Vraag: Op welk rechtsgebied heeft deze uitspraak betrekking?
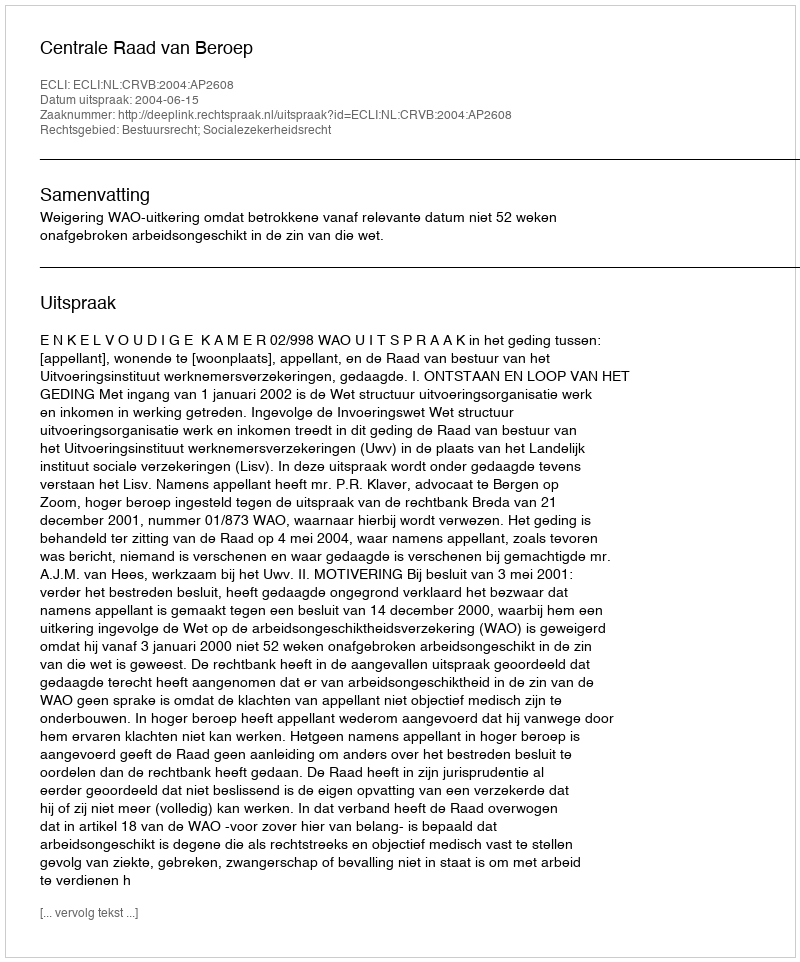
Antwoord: Bestuursrecht; Socialezekerheidsrecht